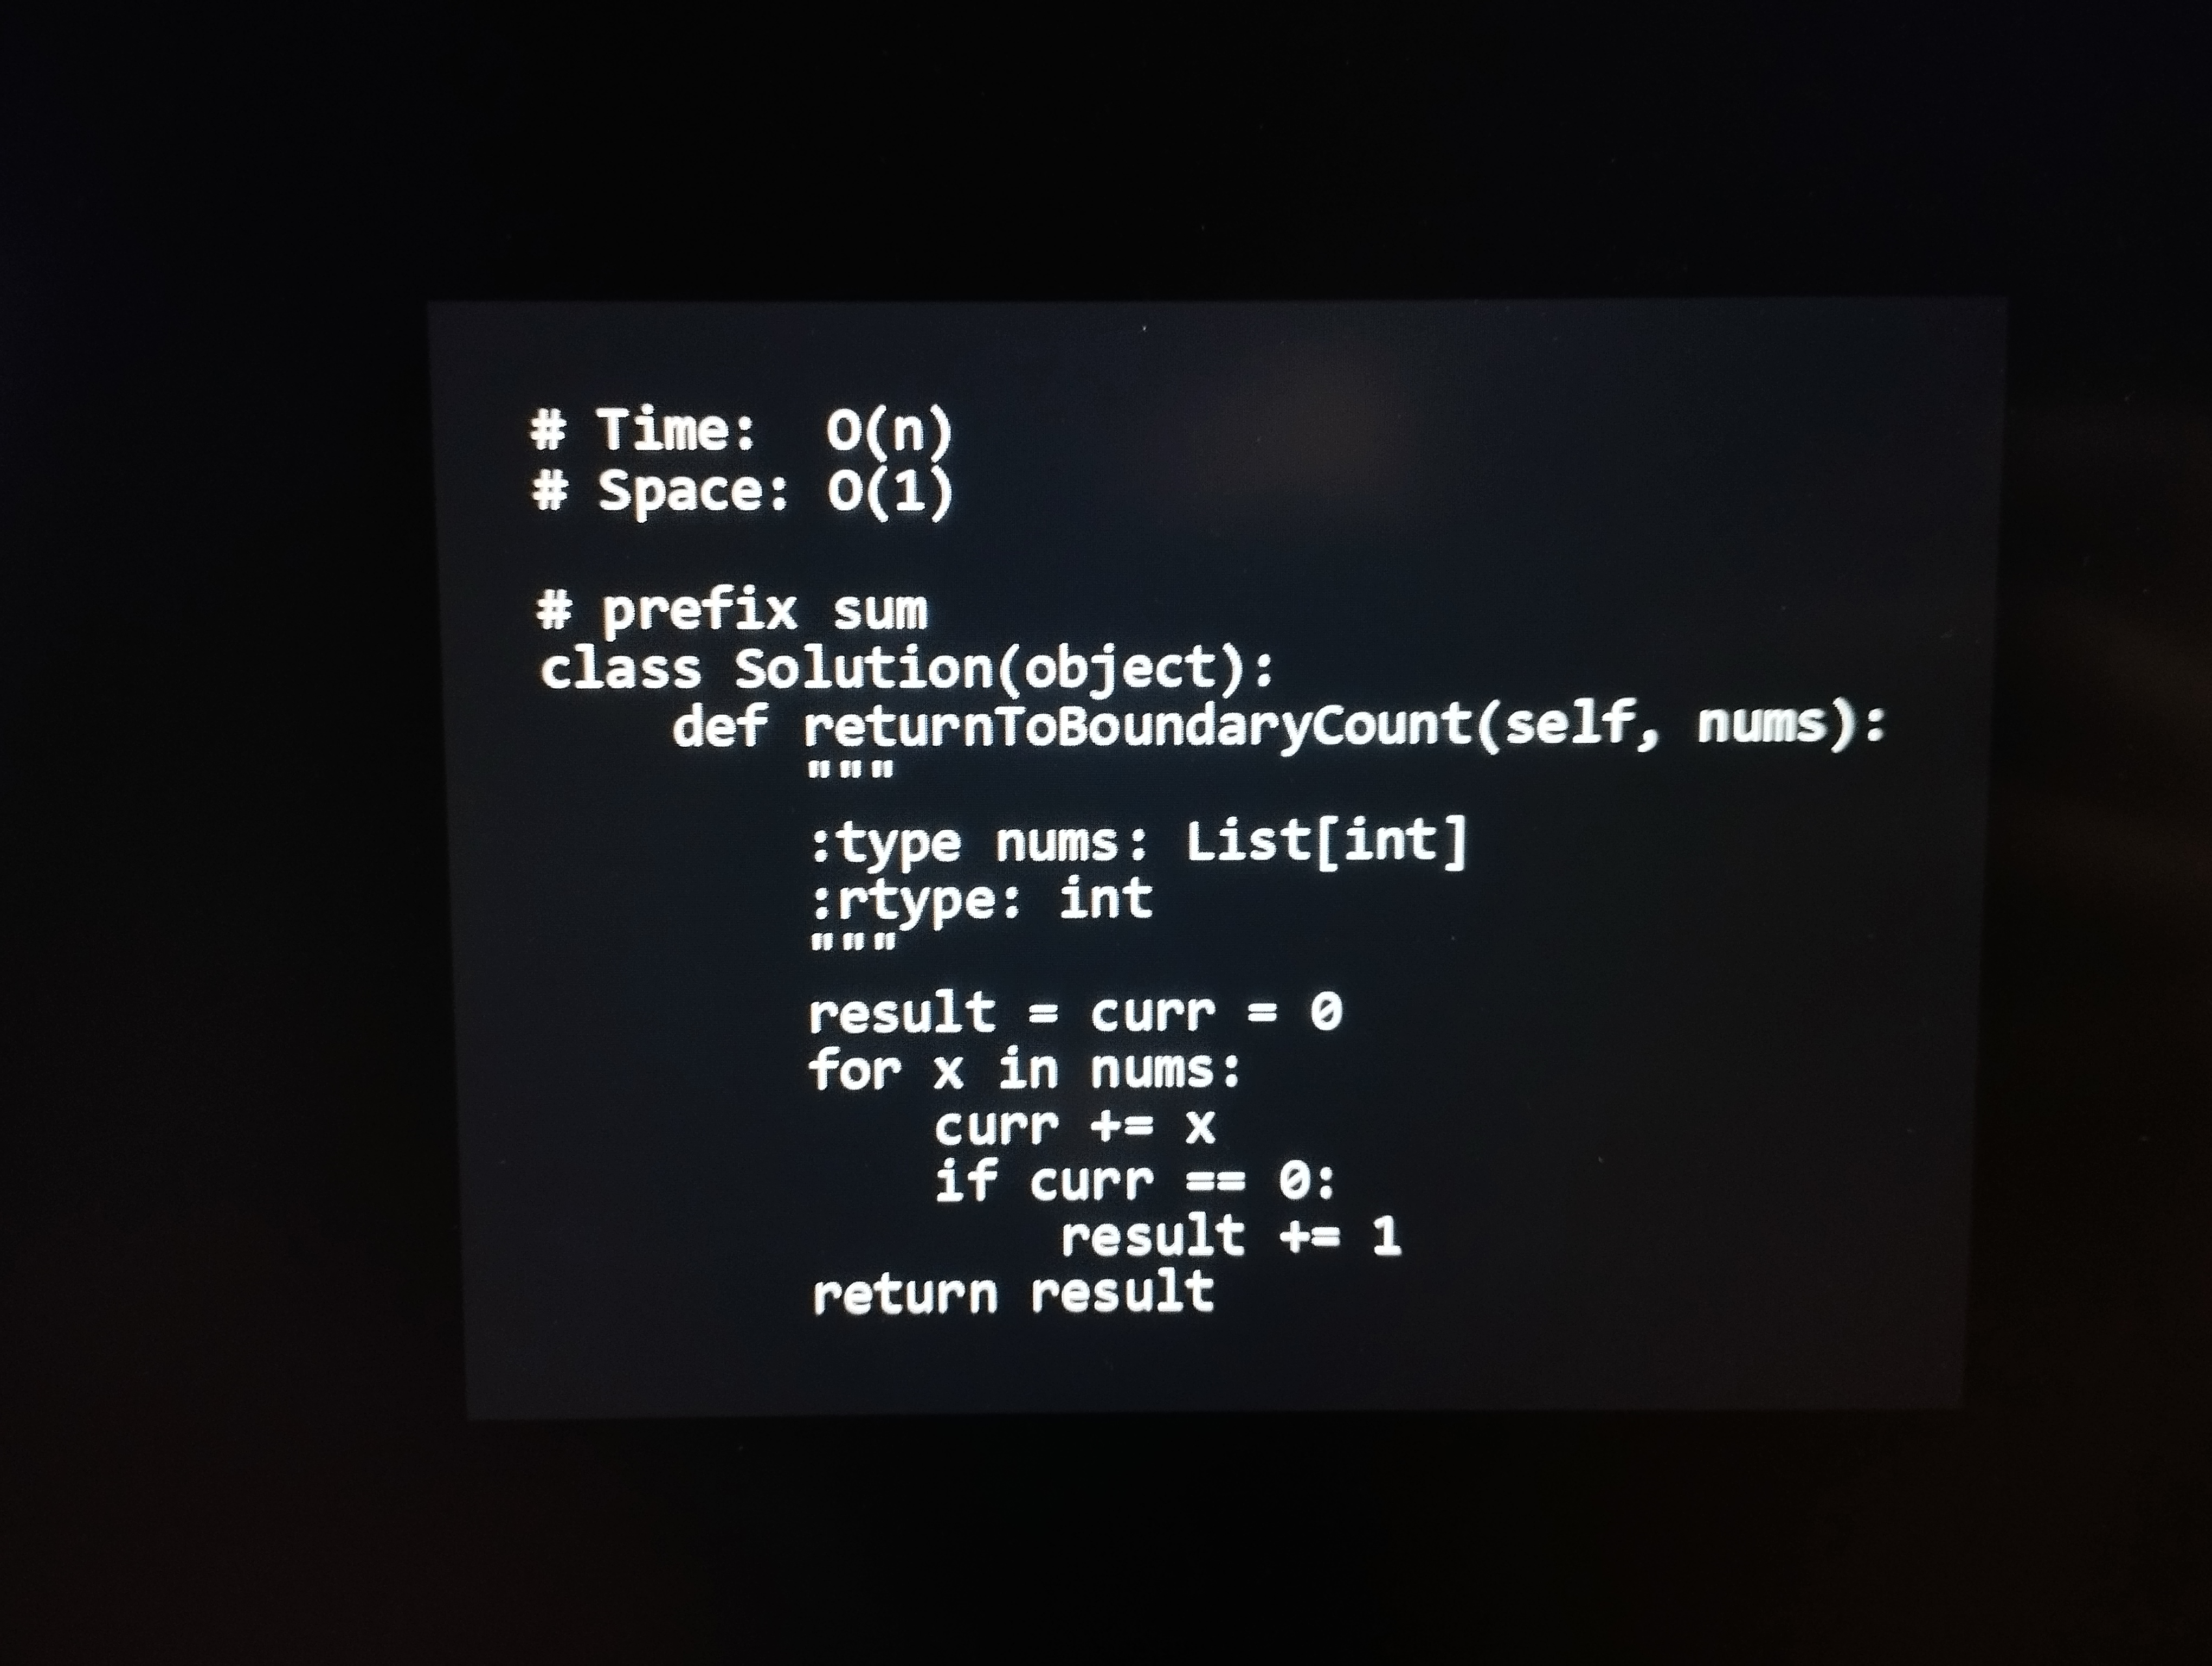
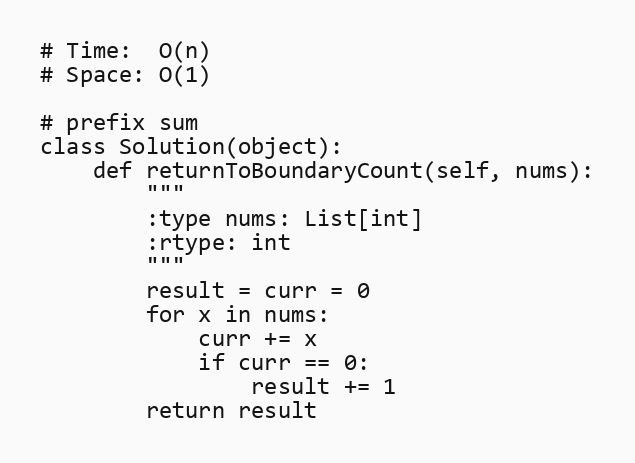
# Time:  O(n)
# Space: O(1)

# prefix sum
class Solution(object):
    def returnToBoundaryCount(self, nums):
        """
        :type nums: List[int]
        :rtype: int
        """
        result = curr = 0
        for x in nums:
            curr += x
            if curr == 0:
                result += 1
        return result